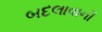
બદલાવાની